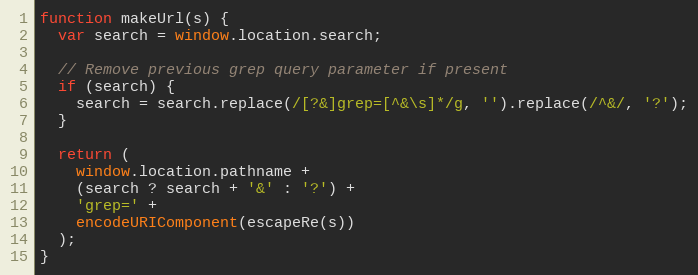
Language: JavaScript
function makeUrl(s) {
  var search = window.location.search;

  // Remove previous grep query parameter if present
  if (search) {
    search = search.replace(/[?&]grep=[^&\s]*/g, '').replace(/^&/, '?');
  }

  return (
    window.location.pathname +
    (search ? search + '&' : '?') +
    'grep=' +
    encodeURIComponent(escapeRe(s))
  );
}